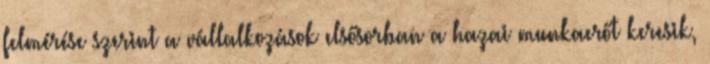
felmérése szerint a vállalkozások elsősorban a hazai munkaerőt keresik,